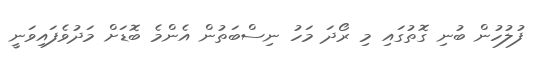
ފުލުހުން ބުނި ގޮތުގައި މި ރޯދަ މަހު ނިސްބަތުން އެންމެ ބޮޑަށް މަދުވެފައިވަނީ